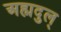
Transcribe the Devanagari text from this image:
अह्मदुल्